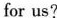
for us?